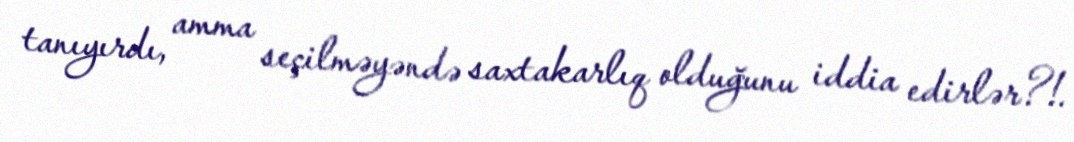
tanıyırdı, amma seçilməyəndə saxtakarlıq olduğunu iddia edirlər?!.